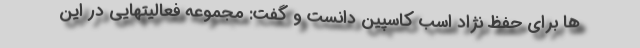
ها برای حفظ نژاد اسب کاسپین دانست و گفت: مجموعه فعالیتهایی در این